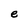
Character: e